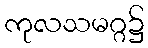
ကုလသမဂ္ဂ၌